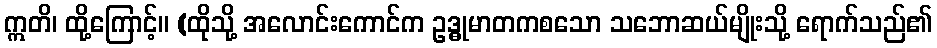
ဣတိ၊ ထို့ကြောင့်။ (ထိုသို့ အလောင်းကောင်က ဥဒ္ဓုမာတကစသော သဘောဆယ်မျိုးသို့ ရောက်သည်၏